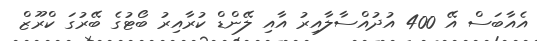
އެއާބަސް އޭ 400 އުދުއްސާލާއިރު އާއި ލޭންޑް ކުރާއިރު ބޯޓުގެ ބޭރުގަ ކްރޫޒް